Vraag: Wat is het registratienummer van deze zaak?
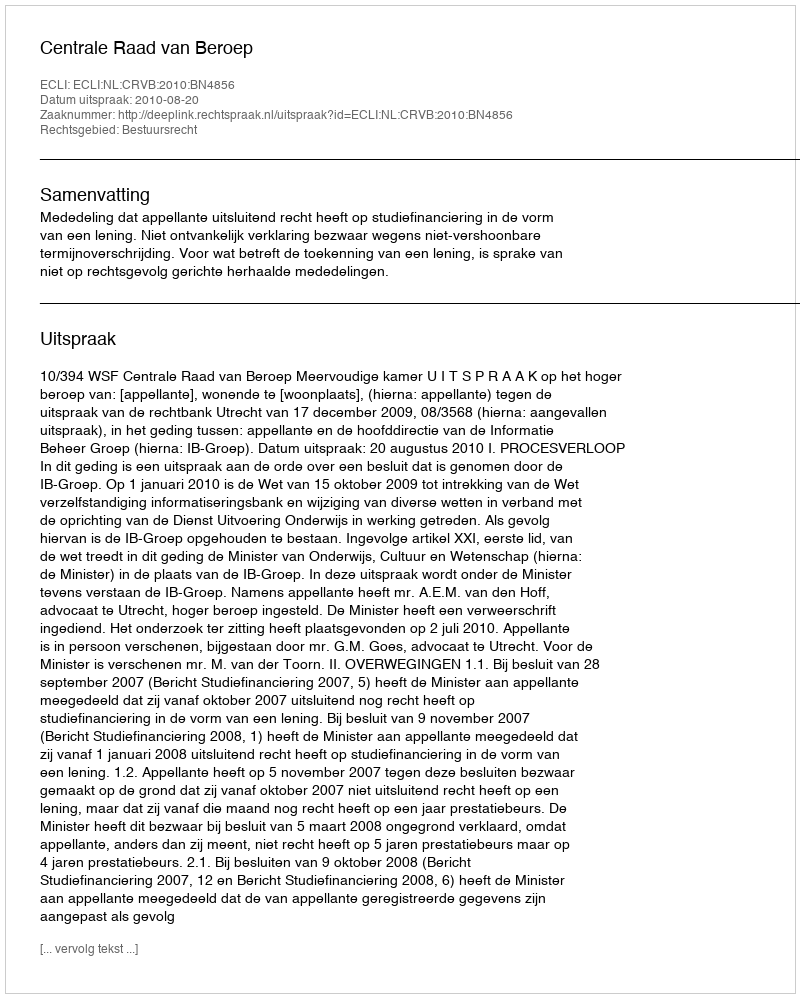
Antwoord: http://deeplink.rechtspraak.nl/uitspraak?id=ECLI:NL:CRVB:2010:BN4856